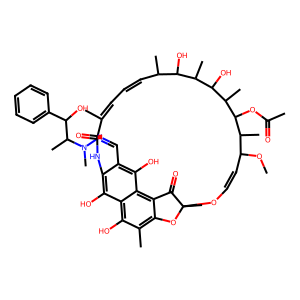
SMILES: COC1C=COC2(C)Oc3c(C)c(O)c4c(O)c(c(C=NN(C)C(C)C(O)c5ccccc5)c(O)c4c3C2=O)NC(=O)C(C)=CC=CC(C)C(O)C(C)C(O)C(C)C(OC(C)=O)C1C
Inhibits HIV replication: No